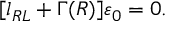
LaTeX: [ l _ { R L } + \Gamma ( R ) ] \varepsilon _ { 0 } = 0 .